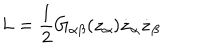
L = \frac { 1 } { 2 } G _ { \alpha \beta } ( z _ { \alpha } ) \dot { z } _ { \alpha } \dot { z } _ { \beta }